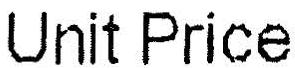
UNIT PRICE